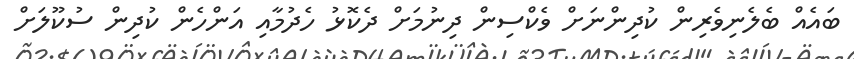
ބައެއް ބެލެނިވެރިން ކުދިންނަށް ވެކްސިން ދިނުމަށް ދެކޮޅު ހެދުމާއި އަންހެން ކުދިން ސުކޫލަށް